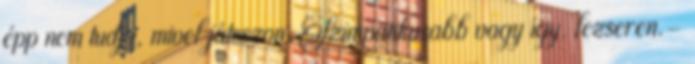
épp nem tudja, mivel játsszon. Szimpatikusabb vagy így, lezseren.-